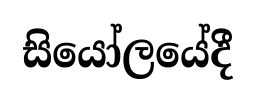
සියෝලයේදී